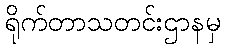
ရိုက်တာသတင်းဌာနမှ